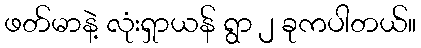
ဖတ်မာနဲ့ လုံးရှာယန် ရွာ ၂ ခုကပါတယ်။